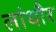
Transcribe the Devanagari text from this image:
लांधौर